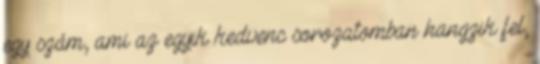
egy szám, ami az egyik kedvenc sorozatomban hangzik fel,